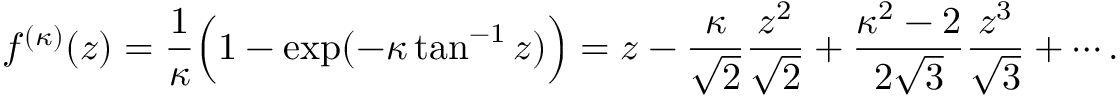
f ^ { ( \kappa ) } ( z ) = \frac { 1 } { \kappa } \Bigl ( 1 - \exp ( - \kappa \tan ^ { - 1 } z ) \Bigr ) = z - \frac { \kappa } { \sqrt { 2 } } \frac { z ^ { 2 } } { \sqrt { 2 } } + \frac { \kappa ^ { 2 } - 2 } { 2 \sqrt { 3 } } \frac { z ^ { 3 } } { \sqrt { 3 } } + \cdots .